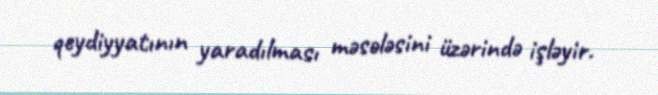
qeydiyyatının yaradılması məsələsini üzərində işləyir.